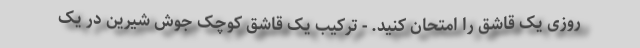
روزی یک قاشق را امتحان کنید. - ترکیب یک قاشق کوچک جوش شیرین در یک